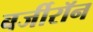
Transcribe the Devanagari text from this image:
बर्जीरॉन